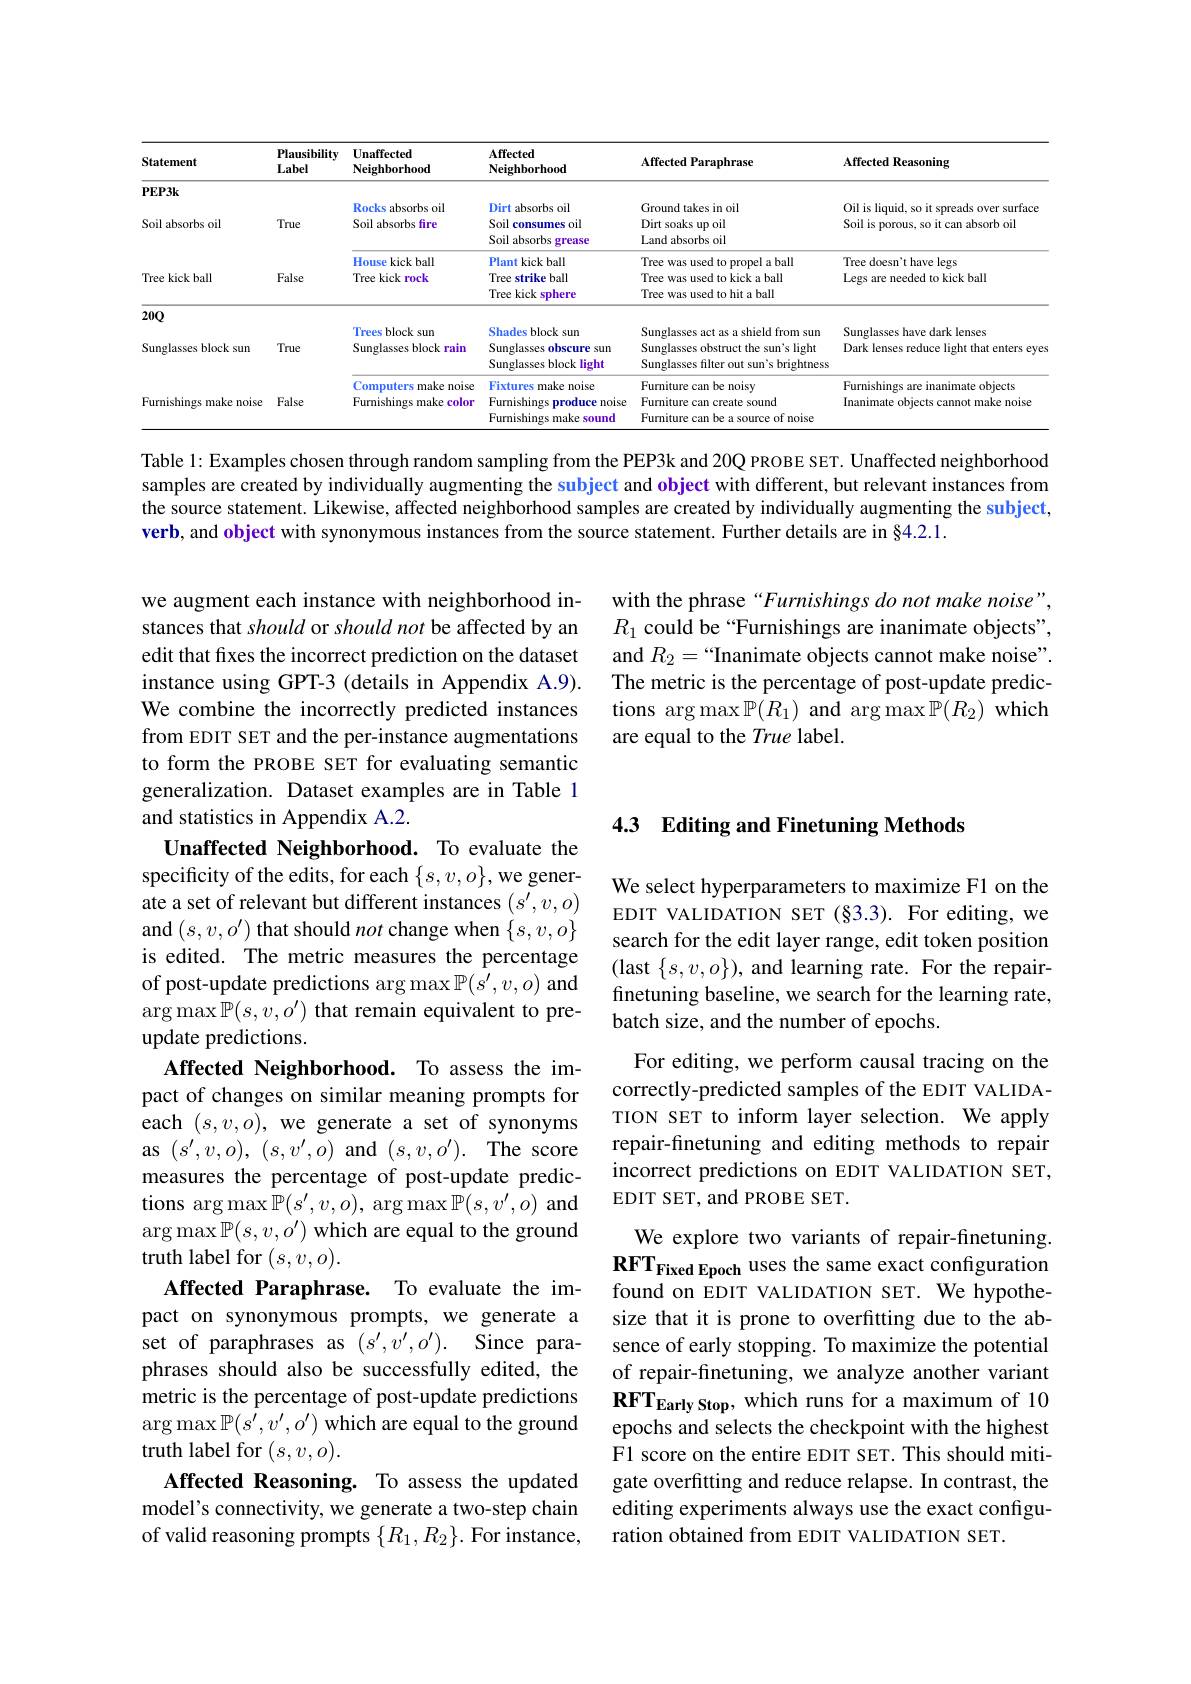
<table>
	<tbody>
		<tr>
			<th>Statement</th>
			<th>Plausibility Label</th>
			<th>Unaffected Neighborhood</th>
			<th>Affected Neighborhood</th>
			<th>Affected Paraphrase</th>
			<th>Affected Reasoning</th>
		</tr>
		<tr>
			<td rowspan="2">$\mathbf{PEP3k}$</td>
			<td> </td>
			<td> </td>
			<td> </td>
			<td> </td>
			<td> </td>
		</tr>
		<tr>
			<td> </td>
			<td>Rocks absorbs oil</td>
			<td>Dirt $\cdot\cdot\cdot\cdot$ absorbs oil</td>
			<td>Ground takes in oil</td>
			<td>Oil is liquid, so it spreads over surface</td>
		</tr>
		<tr>
			<td rowspan="3">Soil absorbs oil</td>
			<td>True</td>
			<td>Soil absorbs fire</td>
			<td>Soil consumes oil</td>
			<td>Dirt soaks up oil</td>
			<td>Soil is porous, so it can absorb oil</td>
		</tr>
		<tr>
			<td> </td>
			<td> </td>
			<td>Soil absorbs grease</td>
			<td>Land absorbs oil</td>
			<td> </td>
		</tr>
		<tr>
			<td> </td>
			<td>House kickball</td>
			<td>Plant kick ball</td>
			<td>Tree was used to propel a ball</td>
			<td>Tree doesn't have legs</td>
		</tr>
		<tr>
			<td rowspan="3">Tree kick ball</td>
			<td>False</td>
			<td>N RIUR Tree kick $:rock$</td>
			<td>WIN 14 14 Tree 3. strike ball Tree kick sphere ::</td>
			<td>$P^{nvpu}$ Tree was used to kick a ball Tree was used to hit a ball</td>
			<td>一 Legs are needed to kick ball</td>
		</tr>
		<tr>
			<td>False</td>
			<td>Tree kick rock</td>
			<td>Tree strike ball</td>
			<td>Tree was used to kick a ball</td>
			<td>Legs are needed to kick ball</td>
		</tr>
		<tr>
			<td> </td>
			<td> </td>
			<td>Tree kick T sphere</td>
			<td>Tree was used to hit a ball</td>
			<td> </td>
		</tr>
		<tr>
			<td> </td>
			<td> </td>
			<td>Trees block $:sun$</td>
			<td>Shades sblock isun</td>
			<td>Sunglasses act as a shield from sun</td>
			<td>Sunglasses have dark lenses</td>
		</tr>
		<tr>
			<td rowspan="3">Sunglasses block xsun</td>
			<td>True</td>
			<td>Sunglasses block $=\frac{1}{2}$ rain</td>
			<td>Sunglasses obscure : sun</td>
			<td>Sunglasses obstruct the sun's light</td>
			<td>Dark lenses reduce light that enters eyes</td>
		</tr>
		<tr>
			<td> </td>
			<td> </td>
			<td>Sunglasses block light</td>
			<td>Sunglasses filter out sun's brightness</td>
			<td> </td>
		</tr>
		<tr>
			<td> </td>
			<td>Computers s make noise</td>
			<td>Fixtures make noise :1</td>
			<td>Furniture can be noisy</td>
			<td>Furnishings are inanimate objects</td>
		</tr>
		<tr>
			<td rowspan="3">Furnishings make noise</td>
			<td>False</td>
			<td>Furnishings make color</td>
			<td>Furnishings noise produce 1 Furnishings make sound</td>
			<td>Furniture can create sound Furniture can be a source of noise</td>
			<td>Inanimate objects cannot make noise</td>
		</tr>
		<tr>
			<td>False</td>
			<td>Furnishings make co color</td>
			<td>Furnishings produce noise</td>
			<td>Furniture can create sound</td>
			<td>Inanimate objects cannot make noise</td>
		</tr>
		<tr>
			<td> </td>
			<td> </td>
			<td>Furnishings make sound</td>
			<td>Furniture can be a source of noise</td>
			<td> </td>
		</tr>
	</tbody>
</table>

Table l: Examples chosen through random sampling from the PEP3k and 20Q PROBE SET. Unaffected neighborhood samples are created by individually augmenting the subject and object with different, but relevant instances from the source statement. Likewise, affected neighborhood samples are created by individually augmenting the subject, verb, and object with synonymous instances from the source statement. Further details are in §4.2.1.

with the phrase “Furnishings do not make noise”, $R_1$ could be “Furnishings are inanimate objects”, and $R_2=“$Inanimate objects cannot make noise". The metric is the percentage of post-update predictions arg max$\mathbb{P}(R_1)$ and arg max$\mathbb{P}(R_2)$ which are equal to the True label.

### 4.3 Editing and Finetuning Methods

We select hyperparameters to maximize F1 on the EDIT VALIDATION SET (§3.3). For editing, we search for the edit layer range, edit token position (last $\{s,v,o\})$, and learning rate. For the repairfinetuning baseline, we search for the learning rate, batch size, and the number of epochs.

we augment each instance with neighborhood instances that should or should not be affected by an edit that fixes the incorrect prediction on the dataset instance using GPT-3 (details in Appendix A.9). We combine the incorrectly predicted instances from EDIT SET and the per-instance augmentations to form the PROBE SET for evaluating semantic generalization. Dataset examples are in Table 1 and statistics in Appendix A.2.
Unaffected Neighborhood. To evaluate the specificity of the edits, for each $\{s,v,o\}$,we generate a set of relevant but different instances $(s^{\prime},v,o)$ and $(s,v,o^{\prime})$ that should not change when $\{s,v,o\}$ is edited. The metric measures the percentage of post-update predictions arg max $\mathbb{P}(s^\prime,v,o)$ and $\arg\max\mathbb{P}(s,v,o^{\prime})$ that remain equivalent to preupdate predictions.
Affected Neighborhood. To assess the impact of changes on similar meaning prompts for each $(s,v,o)$, we generate a set of synonyms as $(s^{\prime},v,o)$, $(s,v^{\prime},o)$ and $(s,v,o^{\prime}).$ The score measures the percentage of post-update predictions arg max $\mathbb{P}(s^\prime,v,o)$, arg max $\mathbb{P}(s,v^\prime,o)$ and $\arg\max\mathbb{P}(s,v,o^{\prime})$ which are equal to the ground truth label for $(s,v,o).$
Affected Paraphrase. To evaluate the impact on synonymous prompts, we generate a set of paraphrases as $(s^{\prime},\bar{v^{\prime}},o^{\prime}).$ Since paraphrases should also be successfully edited, the metric is the percentage of post-update predictions $\arg\max\mathbb{P}(s^{\prime},v^{\prime},o^{\prime})$ which are equal to the ground truth label for $(s,v,o).$
Affected Reasoning. To assess the updated model's connectivity, we generate a two-step chain of valid reasoning prompts $\{R_1,R_2\}.$ For instance,

For editing, we perform causal tracing on the correctly-predicted samples of the EDIT VALIDATION SET to inform layer selection. We apply repair-finetuning and editing methods to repair incorrect predictions on EDIT VALIDATION SET, EDIT SET, and PROBE SET.

We explore two variants of repair-finetuning. RFT$_\mathrm{FixedEpoch}$ uses the same exact configuration found on EDIT VALIDATION SET. We hypothesize that it is prone to overfitting due to the absence of early stopping. To maximize the potential of repair-finetuning, we analyze another variant $\mathbf{RFT}_{\mathrm{Early~Stop,~which~runs~for~a~maximum~of~10}}$ epochs and selects the checkpoint with the highest F1 score on the entire EDIT SET. This should mitigate overfitting and reduce relapse. In contrast, the editing experiments always use the exact configuration obtained from EDIT VALIDATION SET.